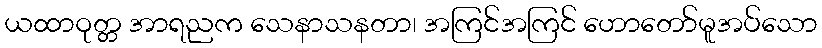
ယထာဝုတ္တ အာရညက သေနာသနတာ၊ အကြင်အကြင် ဟောတော်မူအပ်သော